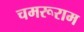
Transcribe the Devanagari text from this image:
चमरूराम